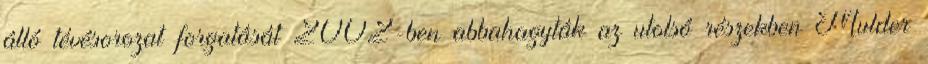
álló tévésorozat forgatását 2002-ben abbahagyták az utolsó részekben Mulder